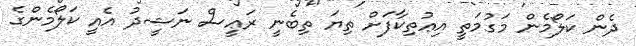
ދެން ކަލޯމެން މަގުމަތީ އިޢުތިކާފަށް ތިޔަ ތިބެނީ ރަޢީސް ނަޝީދު އެއީ ކަލޯމެންގެ